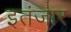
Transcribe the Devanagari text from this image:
इतंजार